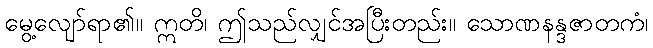
မွေ့လျော်ရာ၏။ ဣတိ၊ ဤသည်လျှင်အပြီးတည်း။ သောဏနန္ဒဇာတကံ၊